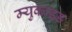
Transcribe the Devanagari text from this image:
म्युकाइड